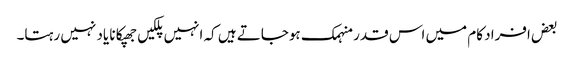
بعض افراد کام میں اس قدر منہمک ہوجاتے ہیں کہ انہیں پلکیں جھپکانا یاد نہیں رہتا۔